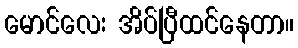
မောင်လေး အိပ်ပြီထင်နေတာ။